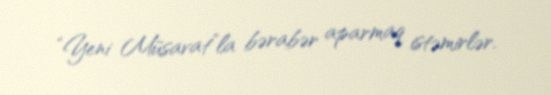
“Yeni Müsavat”la bərabər aparmaq istəmirlər.